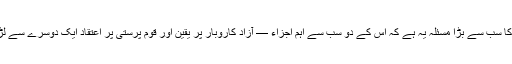
تھیچر ازم کا سب سے بڑا مسئلہ یہ ہے کہ اس کے دو سب سے اہم اجزاء — آزاد کاروبار پر یقین اور قوم پرستی پر اعتقاد ایک دوسرے سے لڑ رہے ہیں۔